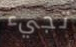
تجيء